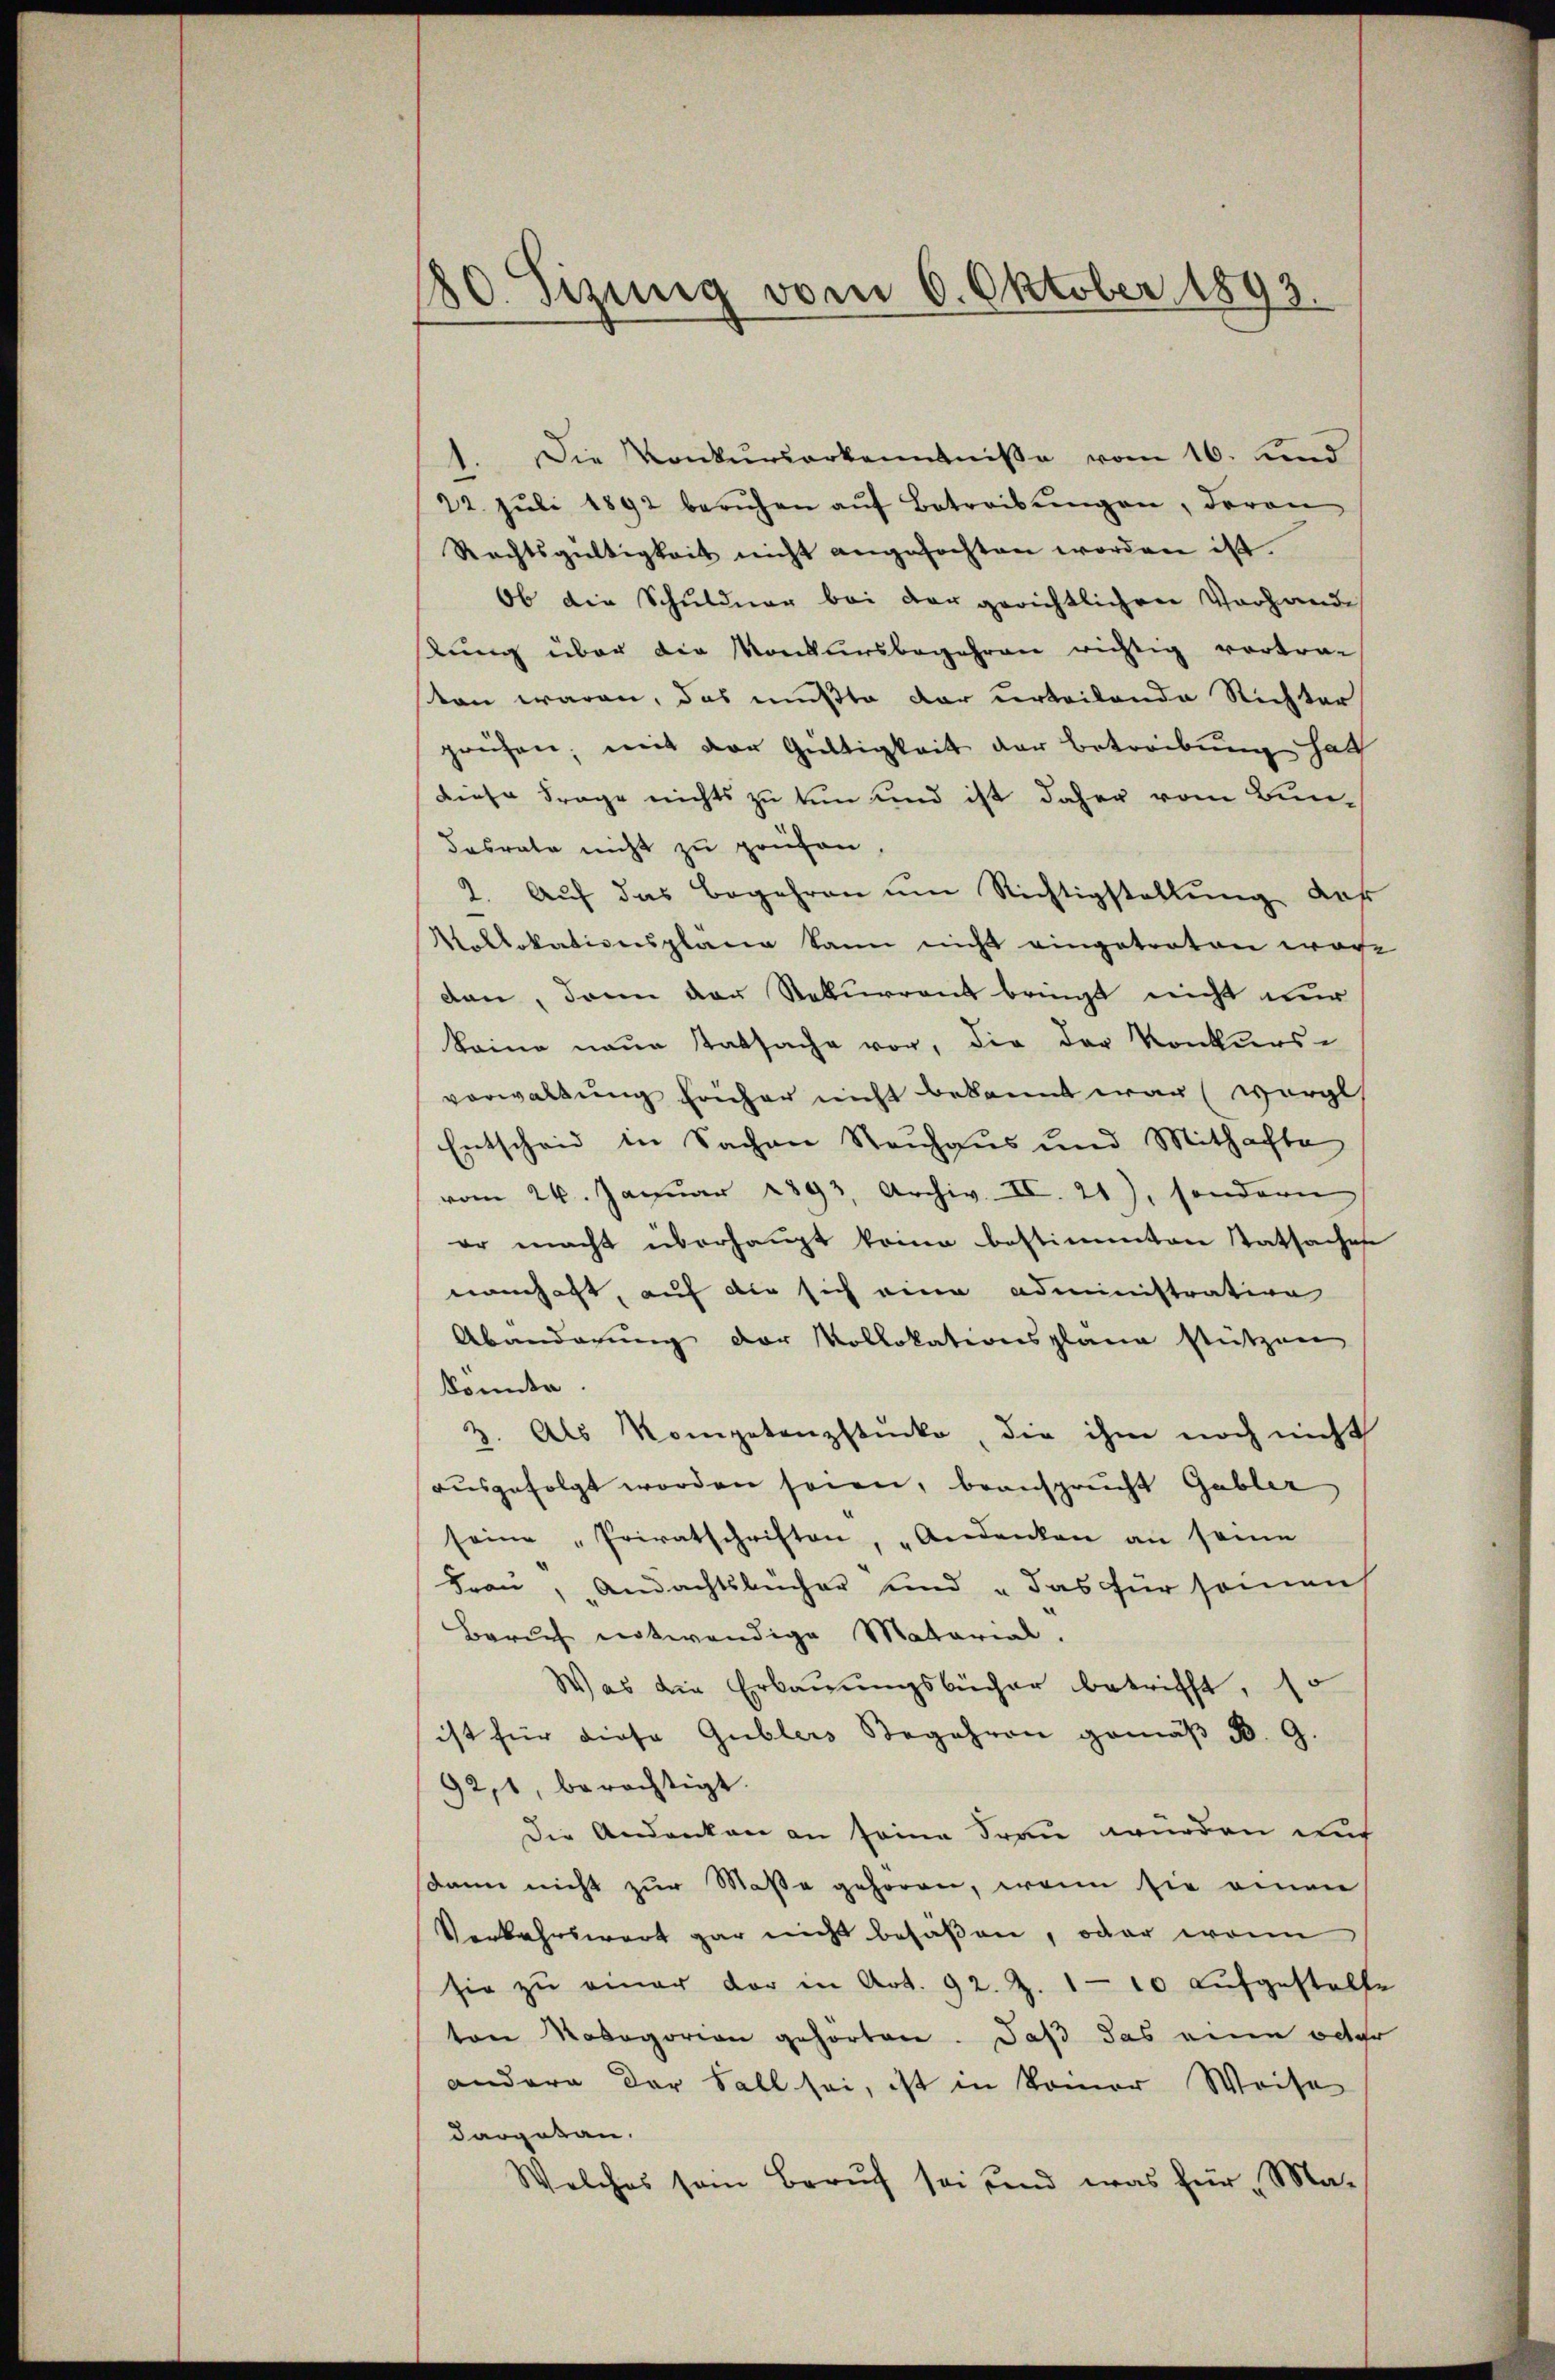
180. Sizung vom 6. Oktober 1893.

Die Konkurserkenntnisse vom 16. d
)
22. Jŭli 1892 beruhen aŭf Betreibŭngen, daran
Rechtsgültigkeit nicht angefochten worden ist.
Ob die Schuldner bei der gerichtlichen Vorhande
stung über die Konkursbegehren wichtig vortra-
sten waren, das mußte dar urteilende Richter
prüfen, mit der Gültigkeit der Betreibung hatt
diese Frage nichts zu tun und ist daher vom Bundasrate nicht zu prüfen,
1. Auf das Begehren um Richtigstellung daß
Vallokationspläne kann nicht eingetreten ware
den, dann der Rekurrent bringt nicht nur
keine neue Tatsache vor, die der Konkurs-
vorwaltung früher nicht bekannt war (worgl
Entscheid in Sachen Rauhaus und Mithafte
vom 26. Januar 1893, Archiv. II. 21), sondern
er macht überhaupt keine bestimmten Tatsaches
namhaft, auf die sich eine administrative
Abänderung der Vollokationsplane stützen
konnte.
3. Als Kompetenzstücke, die ihm noch nicht
ausgefolgt worden seien, beansprucht Gabler
seine „Privatschriften, „Andenken an seine
Frau, „Andachtsbücher und „das für seinen
Beruch entwendige Matarial.
Was die Erbauungsbücher betrifft,
ist für diese Gublers Begehren gemäß B. G.
92,1, berechtigt.
Die Andenken an seine Frau wurden auf
sdann nicht zur Maße gehören, wenn sie einen
Verkehrswert gar nicht besaßen, oder wenn
sie zŭ einer vor in Art. 92. Z. 110 aŭfgestelle
ten Modegorien gehörten. Daß das eine oder
andern der Fall sei, ist in Komor Weise
dargetan.
Welches sein Beruf sei und was für „Ma-